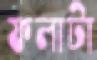
ফলাটা